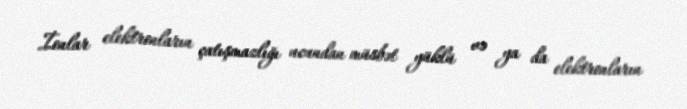
İonlar elektronların çatışmazlığı ucundan müsbət yüklü və ya da elektronların